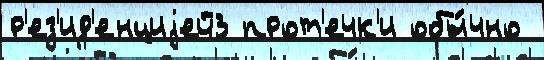
р'ез'ид'енциjей3 прот'ечк'и обы́чно